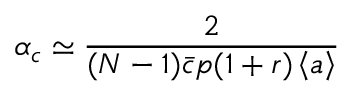
\alpha _ { c } \simeq \frac { 2 } { ( N - 1 ) \bar { c } p ( 1 + r ) \left< a \right> }